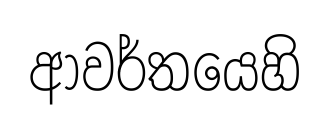
ආවර්තයෙහි